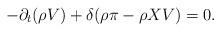
LaTeX: \begin{align*}\refstepcounter{equation}-\partial_t(\rho V) + \delta (\rho \pi - \rho XV)=0.\end{align*}